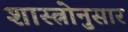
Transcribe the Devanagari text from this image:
शास्त्रोनुसार